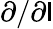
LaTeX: \partial/\partial\mathsf{l}